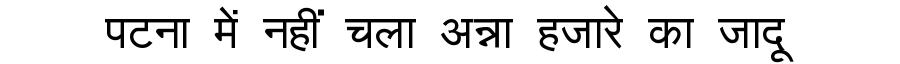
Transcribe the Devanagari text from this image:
पटना में नहीं चला अन्ना हजारे का जादू